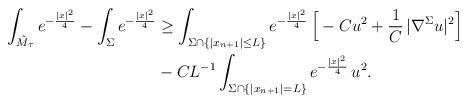
LaTeX: \begin{align*} \int_{\tilde{M}_\tau} e^{-\frac{|x|^2}{4}} - \int_\Sigma e^{-\frac{|x|^2}{4}} &\geq \int_{\Sigma \cap \{|x_{n+1}| \leq L\}} e^{-\frac{|x|^2}{4}} \, \Big [ -C u^2 + \frac{1}{C} \, |\nabla^\Sigma u|^2 \Big ] \\ &- C L^{-1} \int_{\Sigma \cap \{|x_{n+1}|=L\}} e^{-\frac{|x|^2}{4}} \, u^2. \end{align*}